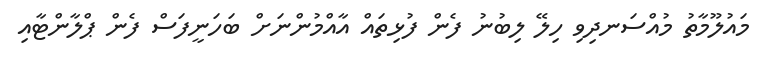
މައުލޫމާތު މުއްސަނދިވި ހިލޭ ލިބުނު ފެން ފުޅިތައް އާއްމުންނަށް ބަހަނީފަސް ފެން ޕްލާންޓާއި